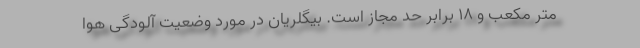
متر مکعب و ۱۸ برابر حد مجاز است. بیگلریان در مورد وضعیت آلودگی هوا